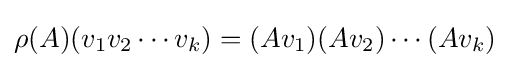
\rho (A)(v_{1}v_{2}\cdots v_{k})=(Av_{1})(Av_{2})\cdots (Av_{k})